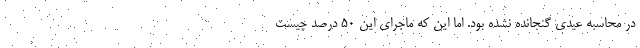
در محاسبه عیدی گنجانده نشده بود. اما این که ماجرای این ۵۰ درصد چیست